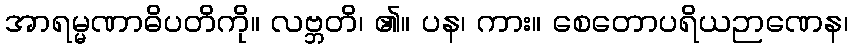
အာရမ္မဏာဓိပတိကို။ လဗ္ဘတိ၊ ၏။ ပန၊ ကား။ စေတောပရိယဉာဏေန၊